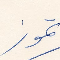
تموز